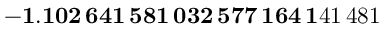
\mathbf { - 1 . 1 0 2 \, 6 4 1 \, 5 8 1 \, 0 3 2 \, 5 7 7 \, 1 6 4 \, 1 } 4 1 \, 4 8 1